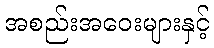
အစည်းအဝေးများနှင့်